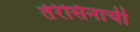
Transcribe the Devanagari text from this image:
तेरेसिनाची